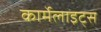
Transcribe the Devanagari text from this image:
कार्मेलाइट्स